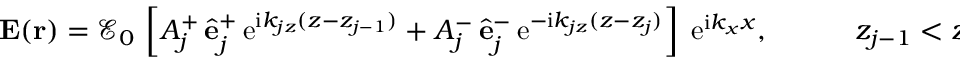
\begin{array} { r } { { \bf E } ( { \bf r } ) = \mathcal { E } _ { 0 } \, \left[ A _ { j } ^ { + } \, \hat { \bf e } _ { j } ^ { + } \, \mathrm { e } ^ { \mathrm { i } k _ { j z } ( z - z _ { j - 1 } ) } + A _ { j } ^ { - } \, \hat { \bf e } _ { j } ^ { - } \, \mathrm { e } ^ { - \mathrm { i } k _ { j z } ( z - z _ { j } ) } \right] \; \mathrm { e } ^ { \mathrm { i } k _ { x } x } , \quad \quad \quad z _ { j - 1 } < z < z _ { j } } \end{array}